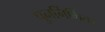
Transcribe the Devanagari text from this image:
पुनर्निर्मित।